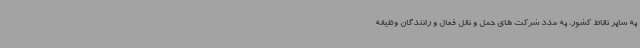
به سایر نقاط کشور، به مدد شرکت های حمل و نقل فعال و رانندگان وظیفه